Document type: Sale
Year: 1439
Scribe: Arnau d'Illes
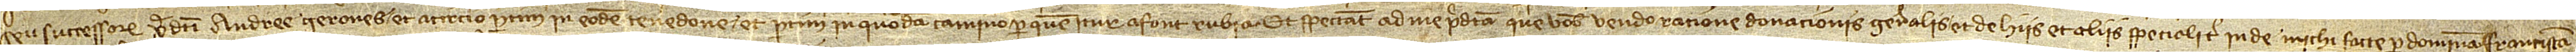
seu successorum predicti Andree Gerones; et a circio partim in eodem tenedone et partim in quodam camino per quem itur a Font Rubia. Et spectant ad me predicta que vobis vendo ratione donacionis generalis et de hiis et aliis specialiter inde michi facte per dominam Franciscam,